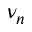
\nu _ { n }